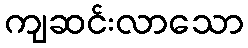
ကျဆင်းလာသော